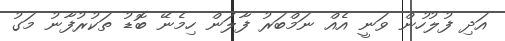
އަދި ފުލުހުން ވަނީ އެއް ނަމްބަރު ފާލަން ހިމެނޭ ބޮޑު ތަކުރުފާނު މަގު